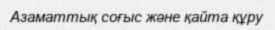
Азаматтық соғыс және қайта құру